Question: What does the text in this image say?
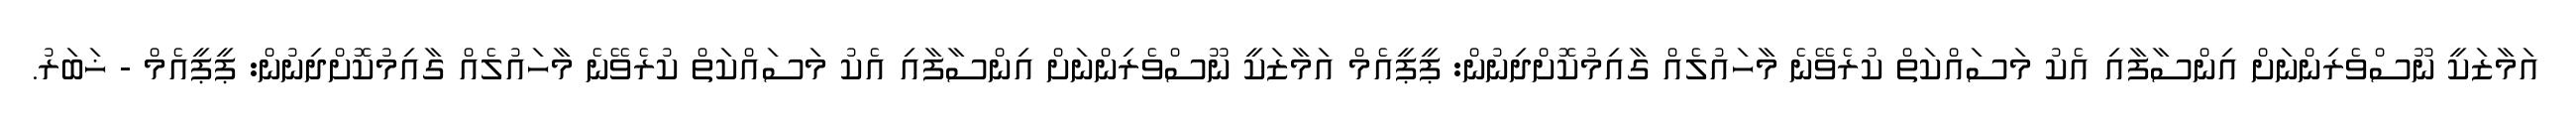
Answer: އަމާޒަކީ ނޫސްވެރިންނަށް އިންސާފާއި އެކު މަސައްކަތް ކުރެވޭނެ މާހައުލެއް ގާއިމުކޮށްދިނުން: ޕީޕީއެމް އަމާޒަކީ ނޫސްވެރިންނަށް އިންސާފާއި އެކު މަސައްކަތް ކުރެވޭނެ މާހައުލެއް ގާއިމުކޮށްދިނުން: ޕީޕީއެމް - ޚަބަރު.